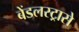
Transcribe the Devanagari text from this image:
बेंडलस्ट्रासे